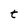
Character: t